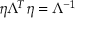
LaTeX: \eta \Lambda ^ { T } \eta = \Lambda ^ { - 1 }